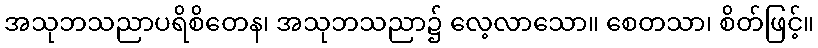
အသုဘသညာပရိစိတေန၊ အသုဘသညာ၌ လေ့လာသော။ စေတသာ၊ စိတ်ဖြင့်။